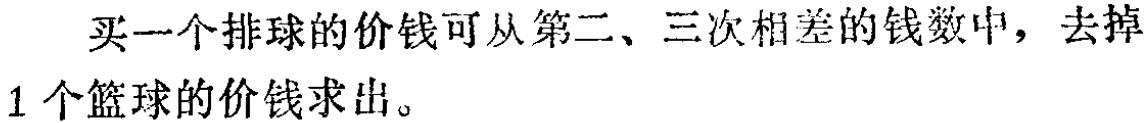
买一个排球的价钱可从第二、三次相差的钱数中，去掉
1个篮球的价钱求出。